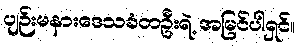
ပျဉ်းမနားဒေသခံတဦးရဲ့ အမြင်ပါရှင်။